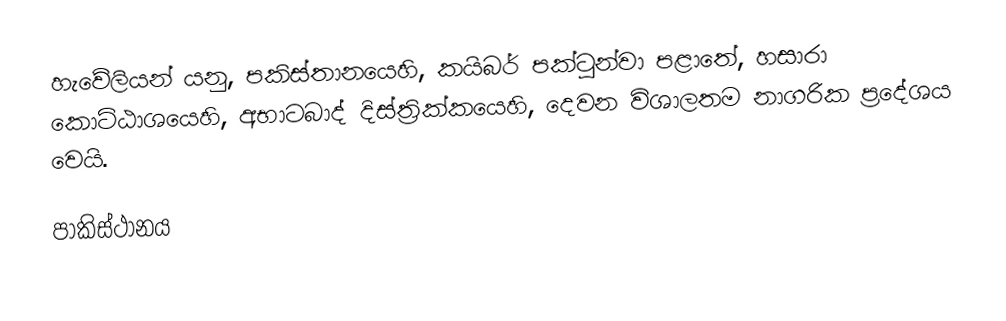
හැවේලියන් යනු, පකිස්තානයෙහි,  කයිබර් පක්ටුන්වා පළාතේ, හසාරා කොට්ඨාශයෙහි,   අභාටබාද් දිස්ත්‍රික්කයෙහි, දෙවන විශාලතම නාගරික ප්‍රදේශය වෙයි.

පාකිස්ථානය